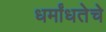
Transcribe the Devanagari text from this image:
धर्मांधतेचे